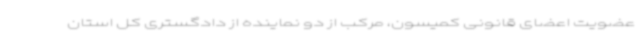
عضویت اعضای قانونی کمیسون، مرکب از دو نماینده از دادگستری کل استان